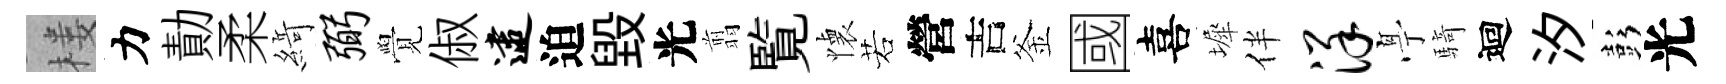
楼力勣柔𦂶弼覺俶逮迫毁光翦覧懐若營吉釜國喜墀伴详𠅘騎迴汐彭光